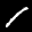
Label: 1